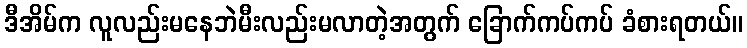
ဒီအိမ်က လူလည်းမနေဘဲမီးလည်းမလာတဲ့အတွက် ခြောက်ကပ်ကပ် ခံစားရတယ်။